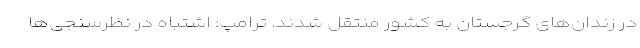
در زندان‌های گرجستان به کشور منتقل شدند. ترامپ: اشتباه در نظرسنجی‌ها